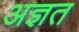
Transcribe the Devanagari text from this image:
अज्ञत